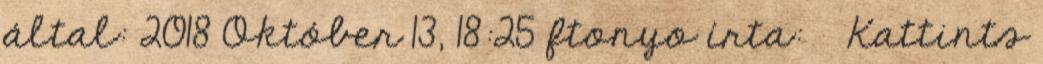
által: 2018 Október 13, 18:25 ftonyo írta: ↑ Kattints